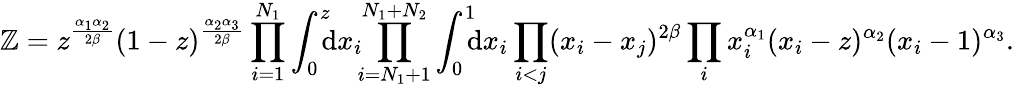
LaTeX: \mathbb{Z}=z^{\frac{{\alpha_{1}\alpha_{2}}}{{2\beta}}}(1-z)^{\frac{{\alpha_{2}\alpha_{3}}}{{2\beta}}}\prod_{i=1}^{N_{1}}\int_{0}^{z}\! \! \! \mathrm{{d}}x_{i}\! \! \prod_{i=N_{1}+1}^{N_{1}+N_{2}}\int_{0}^{1}\! \! \! \mathrm{{d}}x_{i}\prod_{i<j}(x_{i}-x_{j})^{2\beta}\prod_{i}x_{i}^{\alpha_{1}}(x_{i}-z)^{\alpha_{2}}(x_{i}-1)^{\alpha_{3}}.